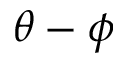
\theta - \phi